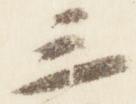
三